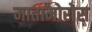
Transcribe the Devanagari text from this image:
मातामोरोस